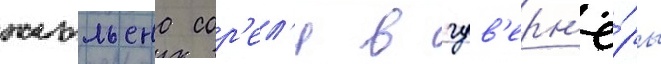
жюльена сор'ел'я в гув'ерн'ё́ры